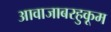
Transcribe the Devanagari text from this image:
आवाजाबरहुकूम